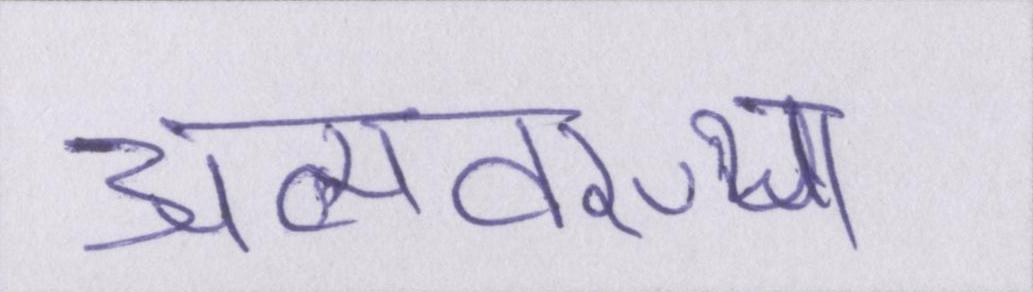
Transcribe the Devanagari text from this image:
अव्यवस्था